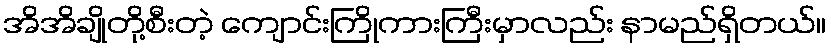
အိအိချိုတို့စီးတဲ့ ကျောင်းကြိုကားကြီးမှာလည်း နာမည်ရှိတယ်။